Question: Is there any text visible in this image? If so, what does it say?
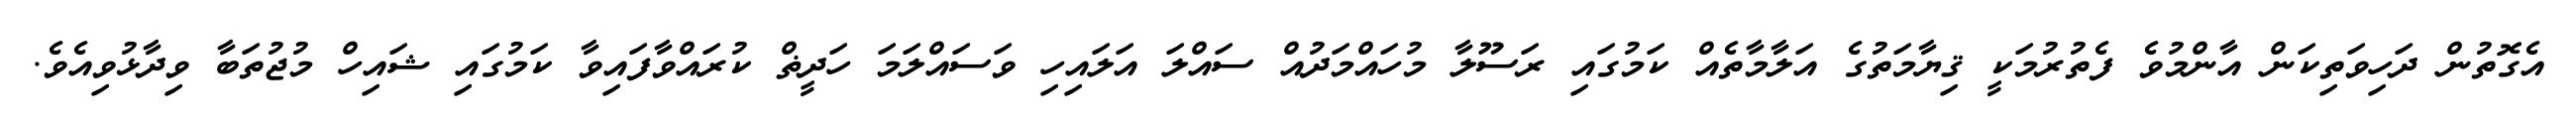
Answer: އެގޮތުން ދަހިވަތިކަން އާންމުވެ ފެތުރުމަކީ ޤިޔާމަތުގެ އަލާމާތެއް ކަމުގައި ރަސޫލާ މުހައްމަދުއް ސައްލަ އަލައިހި ވަސައްލަމަ ހަދީޡް ކުރައްވާފައިވާ ކަމުގައި ޝައިހް މުޖުތަބާ ވިދާޅުވިއެވެ.